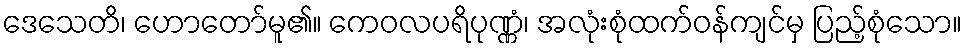
ဒေသေတိ၊ ဟောတော်မူ၏။ ကေဝလပရိပုဏ္ဏံ၊ အလုံးစုံထက်ဝန်ကျင်မှ ပြည့်စုံသော။